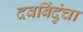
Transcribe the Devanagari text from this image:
दवबिंदुंचा